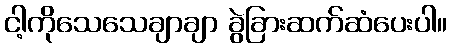
ငါ့ကိုသေသေချာချာ ခွဲခြားဆက်ဆံပေးပါ။